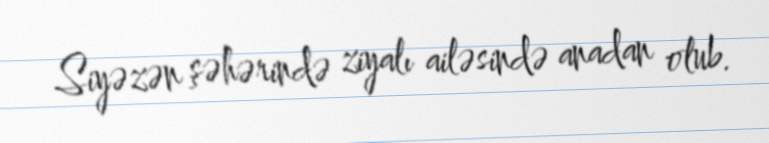
Siyəzən şəhərində ziyalı ailəsində anadan olub.